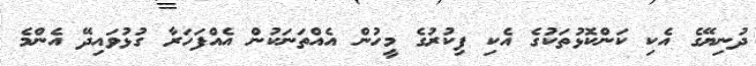
ދުނިޔޭގެ އެކި ކަންކޮޅުތަކުގެ އެކި ފިކުރުގެ މީހުން އެއްތަނަކުން އެއްފަހަރާ ގުޅުވައިދޭ އެންމެ